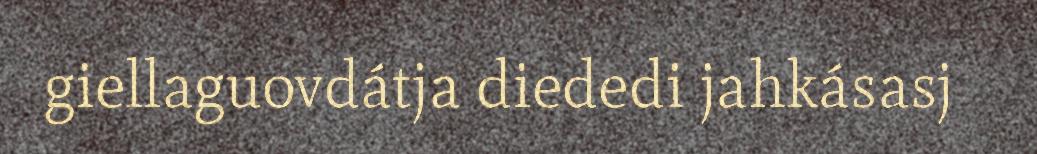
giellaguovdátja diededi jahkásasj